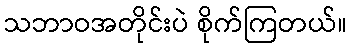
သဘာဝအတိုင်းပဲ စိုက်ကြတယ်။